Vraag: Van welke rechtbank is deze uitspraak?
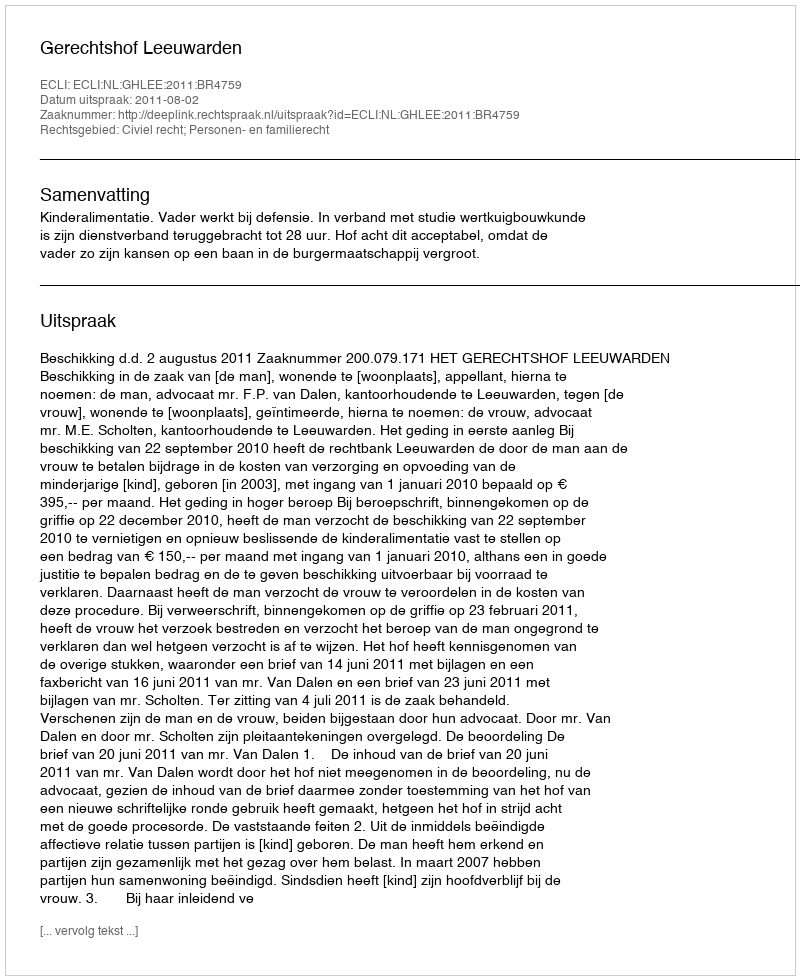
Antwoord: Gerechtshof Leeuwarden